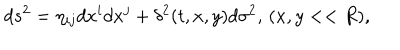
d s ^ { 2 } = \eta _ { i j } d x ^ { i } d x ^ { j } + \delta ^ { 2 } ( t , x , y ) d \sigma ^ { 2 } , \, ( x , y < < R ) ,